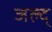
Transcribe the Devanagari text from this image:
जल्द्